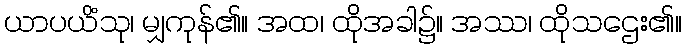
ယာပယိံသု၊ မျှကုန်၏။ အထ၊ ထိုအခါ၌။ အဿ၊ ထိုသဌေး၏။